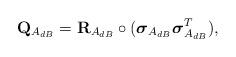
LaTeX: \begin{align*}\mathbf{Q}_{A_{dB}}=\mathbf{R}_{A_{dB}}\circ(\boldsymbol{\sigma}_{A_{dB}}\boldsymbol{\sigma}^T_{A_{dB}}),\end{align*}